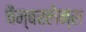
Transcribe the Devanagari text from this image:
चैम्बरलेन्स